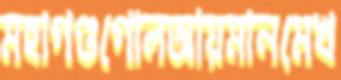
মহাগণ্ডগোলআয়মানমেখ